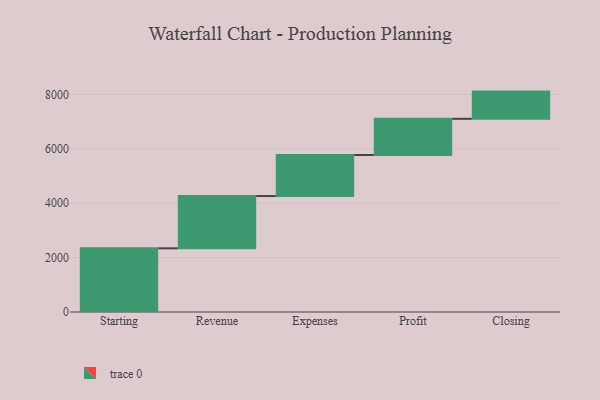
{"axis": {"x": "Step", "y": "Value"}, "legend": [""], "data": [{"x": "Starting", "y": 2342.0, "type": ""}, {"x": "Revenue", "y": 1922.0, "type": ""}, {"x": "Expenses", "y": 1510.0, "type": ""}, {"x": "Profit", "y": 1331.0, "type": ""}, {"x": "Closing", "y": 1000, "type": ""}]}